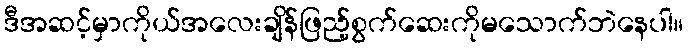
ဒီအဆင့်မှာကိုယ်အလေးချိန်ဖြည့်စွက်ဆေးကိုမသောက်ဘဲနေပါ။